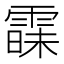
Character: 𮦠